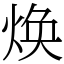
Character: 焕